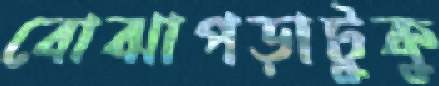
বোঝাপড়াটুকু